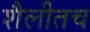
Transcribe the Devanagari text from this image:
शैलीतच